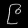
Digit: ၉